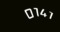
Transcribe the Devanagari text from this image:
०१४१